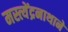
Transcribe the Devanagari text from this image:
मस्त्येंद्रनाथाने